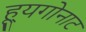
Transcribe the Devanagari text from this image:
ह्यूगोनाट